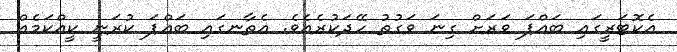
އެކޮޓަރީގައި ބައްޕަ ވަރަށް ގިނަ ވަގުތު ހޭދަކުރެއެވެ. އެތާނގައި ބައްޕަ ކުރަނީ ކީއްކަމެއް